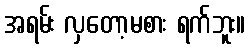
အရမ်း လှတော့မစား ရက်ဘူး။